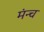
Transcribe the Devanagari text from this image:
मंन्च